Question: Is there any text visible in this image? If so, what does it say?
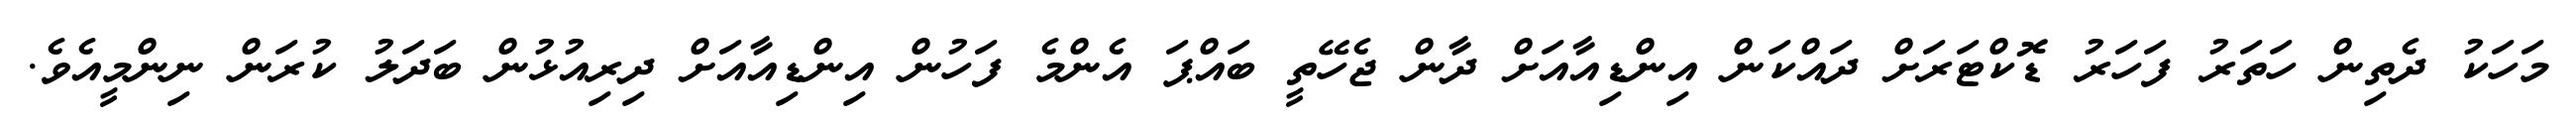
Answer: މަހަކު ދެތިން ހަތަރު ފަހަރު ޑޮކްޓަރަށް ދައްކަން އިންޑިއާއަށް ދާން ޖެހޭތީ ބައްޕަ އެންމެ ފަހުން އިންޑިއާއަށް ދިރިއުޅުން ބަދަލު ކުރަން ނިންމީއެވެ.